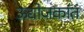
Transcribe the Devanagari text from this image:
ऊद्योजकांत